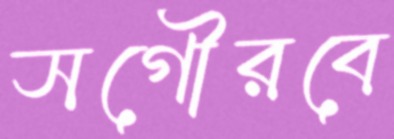
সগৌরবে